Report of the Municipal Commissioner on the plague in Bombay for the year ending 31st May... - Volume 2
Disease focus: Plague
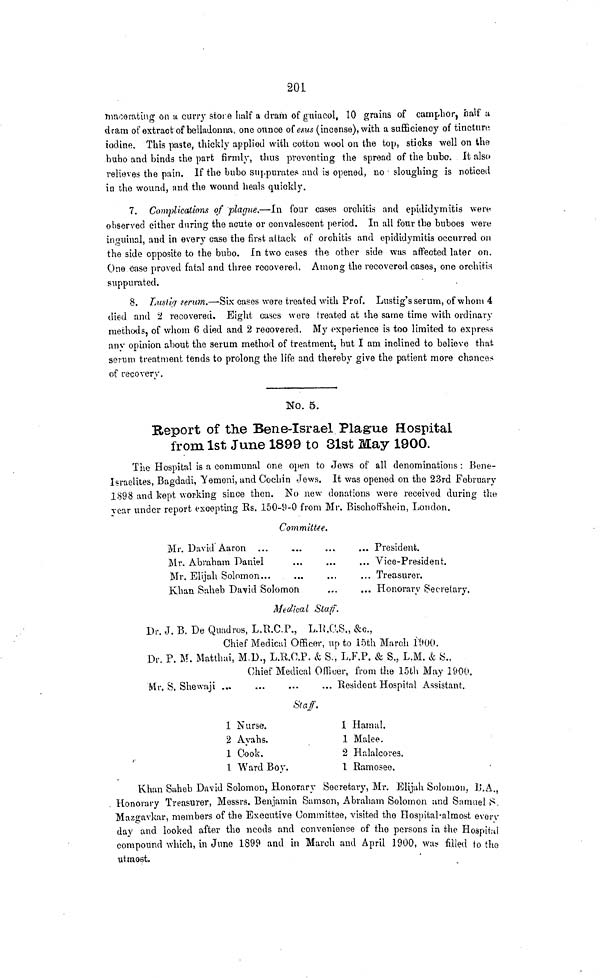
201
macerating on u curry store half a dram of guiacol, 10 grains of camphor, half u
dram of extract of belladonna, one ounce of ems (incense), with a sufficiency of tincture
iodine. This paste, thickly applied with cotton wool on the top, sticks well on the
bubo and binds the part firmly, thus preventing the spread of the bubo. It also
relieves the pain. If the bubo suppurates and is opened, no • sloughing is noticed
in the wound, and the wound heals quickly.
7. Complications of 'plague.—In four cases orchitis and epididymitis were
observed either during the acute or convalescent period. In all four the buboes were
inguinal, and in every case the first attack of orchitis and epididymitis occurred on
the side opposite to the bubo. In two cases the other side was affected later on.
One case proved fatal and three recovered. Among the recovered cases, one orchitis
suppurated.
8. Lusliij serum.—Six cases were treated with Prof. Lustig's serum, of whom 4
died and % recovered. Eight cases were treated at the same time with ordinary
methods, of whom 6 died and 2 recovered. My experience is too limited to express
any opinion about the serum method of treatment, hut I am inclined to believe that
serum treatment tends to prolong the life and thereby give the patient more chances
of recovery.
No. 5.
Beport of the Bene-Israel Plague Hospital
from 1st June 1899 to 31st May 1900.
The Hospital is a communal one open to Jews of all denominations: Bene-
I«raelites, Bagdadi, Yemeni, and Cochin Jews. It was opened on the 23rd February
1898 and kept working since then. No new donations were received during the
rear under report excepting Es. 150-9-0 from Mr. Bischoffshein, London.
Committee.
Mr. David Aaron ...
Mr. Abraham Daniel
Mr Elijah Solomon...
Khan Snheb David Solomon
... President.
... Vice-President.
... Honorary Secretary.
Medical Staff.
Dr. J. B. De Quadros, L.tt.C.P., L.lt.C.S., &c.,
Chief Medical Officer, up to 15th March iUOO.
Dr. P. M. Matthai, M.D., L.R.C.P. & S., L.F.P. & S., L.M. & S.,
Chief Medical Officer, from the loth May 1900.
Mr. S. Shewaji
Resident Hospital Assistant.
Sta ff.
1 Nurse.
2 Ayahs.
1 Cook.
1 Ward Boy.
1 Hamal.
1 Malee.
2 Halalcores.
1 Ramoseo.
Khan Sahob David Solomon, Honorary Secretary, Mr. Elijah Solomon, I'.A.,
. Honorary Treasurer, Messrs. Benjamin Samson, Abraham Solomon and Samuel S.
Mazgavkar, members of the Executive Committee, visited the Hospital-almost even-
day and looked after the needs and convenience of the persons in the Hospital
compound which, in June 1899 and in March and April 1900, wu* filled to tho
utmost.